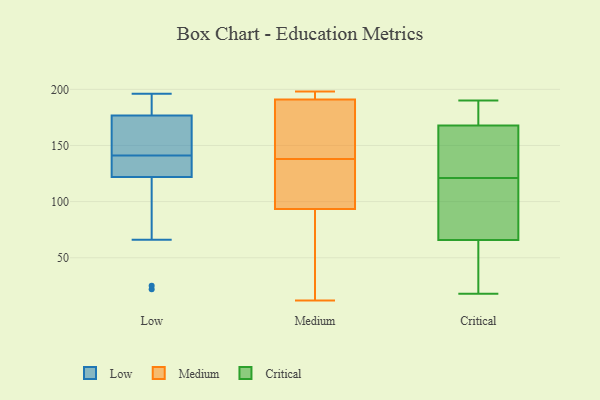
{"axis": {"x": "Population (Million)", "y": "Value"}, "legend": ["Critical", "Low", "Medium"], "data": [{"x": "", "y": 132, "type": "Low"}, {"x": "", "y": 119, "type": "Low"}, {"x": "", "y": 176, "type": "Low"}, {"x": "", "y": 179, "type": "Low"}, {"x": "", "y": 167, "type": "Low"}, {"x": "", "y": 137, "type": "Low"}, {"x": "", "y": 133, "type": "Low"}, {"x": "", "y": 25, "type": "Low"}, {"x": "", "y": 186, "type": "Low"}, {"x": "", "y": 191, "type": "Low"}, {"x": "", "y": 22, "type": "Low"}, {"x": "", "y": 196, "type": "Low"}, {"x": "", "y": 66, "type": "Low"}, {"x": "", "y": 167, "type": "Low"}, {"x": "", "y": 141, "type": "Low"}, {"x": "", "y": 172, "type": "Low"}, {"x": "", "y": 123, "type": "Low"}, {"x": "", "y": 198, "type": "Medium"}, {"x": "", "y": 12, "type": "Medium"}, {"x": "", "y": 163, "type": "Medium"}, {"x": "", "y": 70, "type": "Medium"}, {"x": "", "y": 38, "type": "Medium"}, {"x": "", "y": 196, "type": "Medium"}, {"x": "", "y": 192, "type": "Medium"}, {"x": "", "y": 117, "type": "Medium"}, {"x": "", "y": 140, "type": "Medium"}, {"x": "", "y": 190, "type": "Medium"}, {"x": "", "y": 130, "type": "Medium"}, {"x": "", "y": 136, "type": "Medium"}, {"x": "", "y": 175, "type": "Critical"}, {"x": "", "y": 184, "type": "Critical"}, {"x": "", "y": 134, "type": "Critical"}, {"x": "", "y": 83, "type": "Critical"}, {"x": "", "y": 134, "type": "Critical"}, {"x": "", "y": 108, "type": "Critical"}, {"x": "", "y": 179, "type": "Critical"}, {"x": "", "y": 18, "type": "Critical"}, {"x": "", "y": 47, "type": "Critical"}, {"x": "", "y": 64, "type": "Critical"}, {"x": "", "y": 54, "type": "Critical"}, {"x": "", "y": 71, "type": "Critical"}, {"x": "", "y": 98, "type": "Critical"}, {"x": "", "y": 127, "type": "Critical"}, {"x": "", "y": 53, "type": "Critical"}, {"x": "", "y": 121, "type": "Critical"}, {"x": "", "y": 161, "type": "Critical"}, {"x": "", "y": 190, "type": "Critical"}, {"x": "", "y": 170, "type": "Critical"}]}